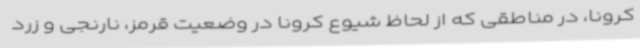
کرونا، در مناطقی که از لحاظ شیوع کرونا در وضعیت قرمز، نارنجی و زرد